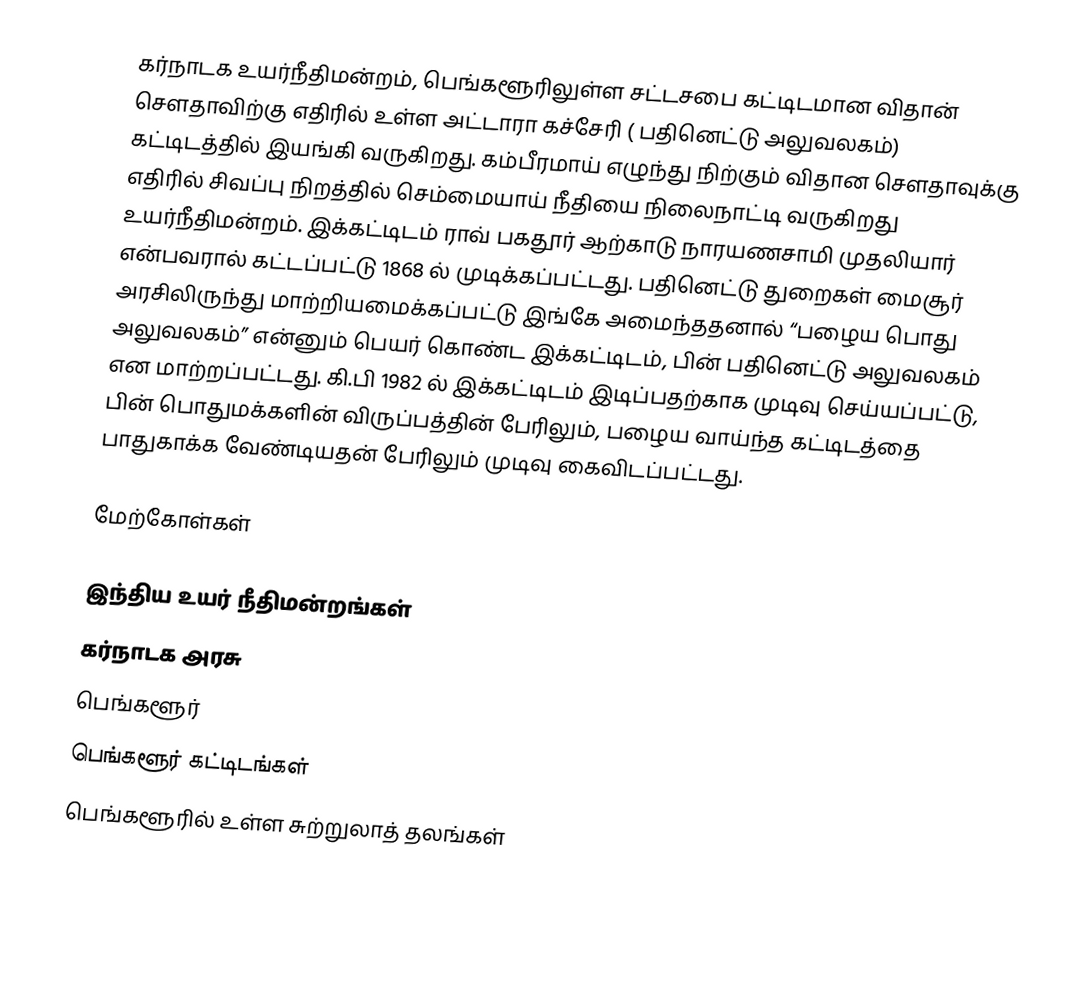
கர்நாடக உயர்நீதிமன்றம், பெங்களூரிலுள்ள சட்டசபை கட்டிடமான விதான் சௌதாவிற்கு எதிரில் உள்ள அட்டாரா கச்சேரி ( பதினெட்டு அலுவலகம்) கட்டிடத்தில் இயங்கி வருகிறது. கம்பீரமாய் எழுந்து நிற்கும் விதான சௌதாவுக்கு எதிரில் சிவப்பு நிறத்தில் செம்மையாய் நீதியை நிலைநாட்டி வருகிறது உயர்நீதிமன்றம். இக்கட்டிடம் ராவ் பகதூர் ஆற்காடு நாரயணசாமி முதலியார் என்பவரால் கட்டப்பட்டு 1868 ல் முடிக்கப்பட்டது. பதினெட்டு துறைகள் மைசூர் அரசிலிருந்து மாற்றியமைக்கப்பட்டு இங்கே அமைந்ததனால் “பழைய பொது அலுவலகம்” என்னும் பெயர் கொண்ட இக்கட்டிடம், பின் பதினெட்டு அலுவலகம் என மாற்றப்பட்டது. கி.பி 1982 ல் இக்கட்டிடம் இடிப்பதற்காக முடிவு செய்யப்பட்டு, பின் பொதுமக்களின் விருப்பத்தின் பேரிலும், பழைய வாய்ந்த கட்டிடத்தை பாதுகாக்க வேண்டியதன் பேரிலும் முடிவு கைவிடப்பட்டது.

மேற்கோள்கள்

இந்திய உயர் நீதிமன்றங்கள்
கர்நாடக அரசு
பெங்களூர்
பெங்களூர் கட்டிடங்கள்
பெங்களூரில் உள்ள சுற்றுலாத் தலங்கள்